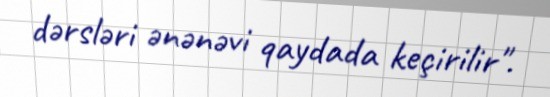
dərsləri ənənəvi qaydada keçirilir".